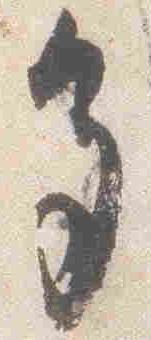
多